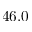
4 6 . 0